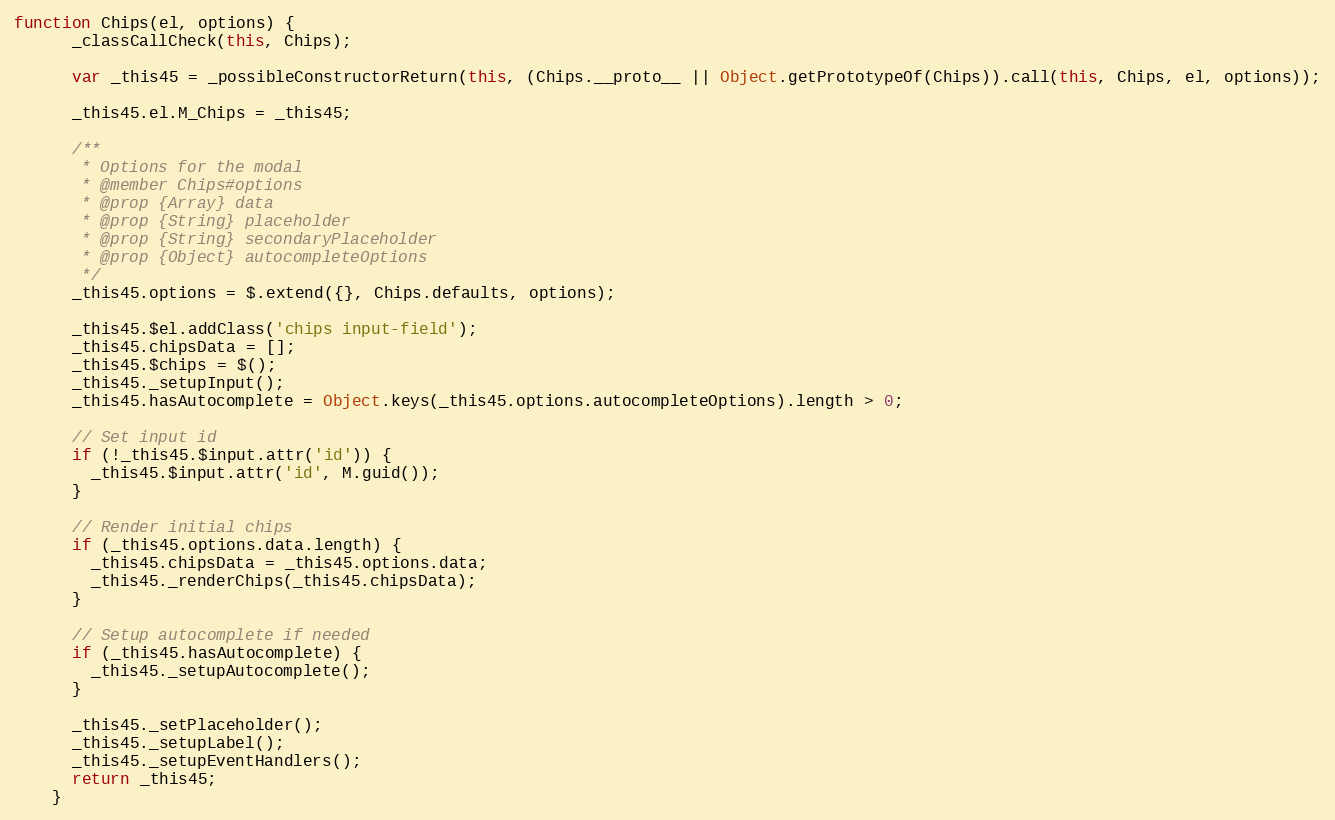
Language: JavaScript
function Chips(el, options) {
      _classCallCheck(this, Chips);

      var _this45 = _possibleConstructorReturn(this, (Chips.__proto__ || Object.getPrototypeOf(Chips)).call(this, Chips, el, options));

      _this45.el.M_Chips = _this45;

      /**
       * Options for the modal
       * @member Chips#options
       * @prop {Array} data
       * @prop {String} placeholder
       * @prop {String} secondaryPlaceholder
       * @prop {Object} autocompleteOptions
       */
      _this45.options = $.extend({}, Chips.defaults, options);

      _this45.$el.addClass('chips input-field');
      _this45.chipsData = [];
      _this45.$chips = $();
      _this45._setupInput();
      _this45.hasAutocomplete = Object.keys(_this45.options.autocompleteOptions).length > 0;

      // Set input id
      if (!_this45.$input.attr('id')) {
        _this45.$input.attr('id', M.guid());
      }

      // Render initial chips
      if (_this45.options.data.length) {
        _this45.chipsData = _this45.options.data;
        _this45._renderChips(_this45.chipsData);
      }

      // Setup autocomplete if needed
      if (_this45.hasAutocomplete) {
        _this45._setupAutocomplete();
      }

      _this45._setPlaceholder();
      _this45._setupLabel();
      _this45._setupEventHandlers();
      return _this45;
    }